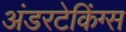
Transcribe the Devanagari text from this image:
अंडरटेकिंग्स